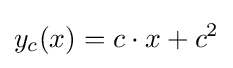
y_{c}(x)=c\cdot x+c^{2}\,\!